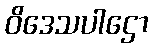
ဝိဒေသပါဌော